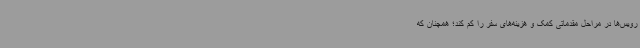
رویس‌ها در مراحل مقدماتی کمک و هزینه‌های سفر را کم کند؛ همچنان که